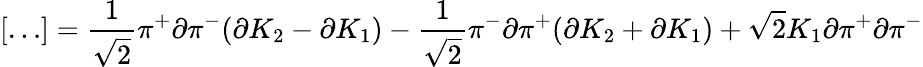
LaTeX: \left[\ldots\right]=\frac{1}{\sqrt{2}}\pi^{+}\partial\pi^{-}(\partial K_{2}-\partial K_{1})-\frac{1}{\sqrt{2}}\pi^{-}\partial\pi^{+}(\partial K_{2}+\partial K_{1})+\sqrt{2}K_{1}\partial\pi^{+}\partial\pi^{-}